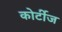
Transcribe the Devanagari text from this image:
कोर्टीज